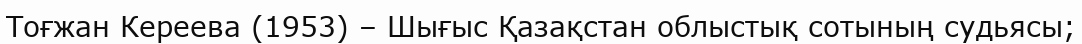
Тоғжан Кереева (1953) – Шығыс Қазақстан облыстық сотының судьясы;